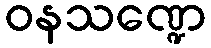
ဝနသဏ္ဍေ